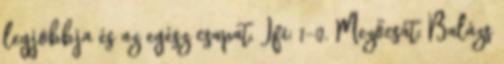
legjobbja és az egész csapat. Ifi: 1-0. Mezőcsát: Balázs